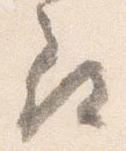
尋